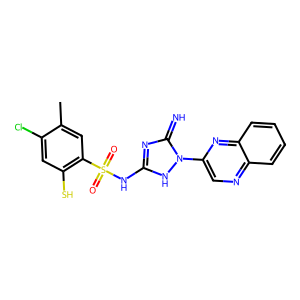
SMILES: Cc1cc(S(=O)(=O)Nc2nc(=N)n(-c3cnc4ccccc4n3)[nH]2)c(S)cc1Cl
Inhibits HIV replication: No